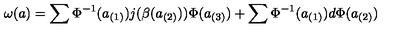
\omega ( a ) = \sum \Phi ^ { - 1 } ( a _ { ( 1 ) } ) j ( \beta ( a _ { ( 2 ) } ) ) \Phi ( a _ { ( 3 ) } ) + \sum \Phi ^ { - 1 } ( a _ { ( 1 ) } ) d \Phi ( a _ { ( 2 ) } )